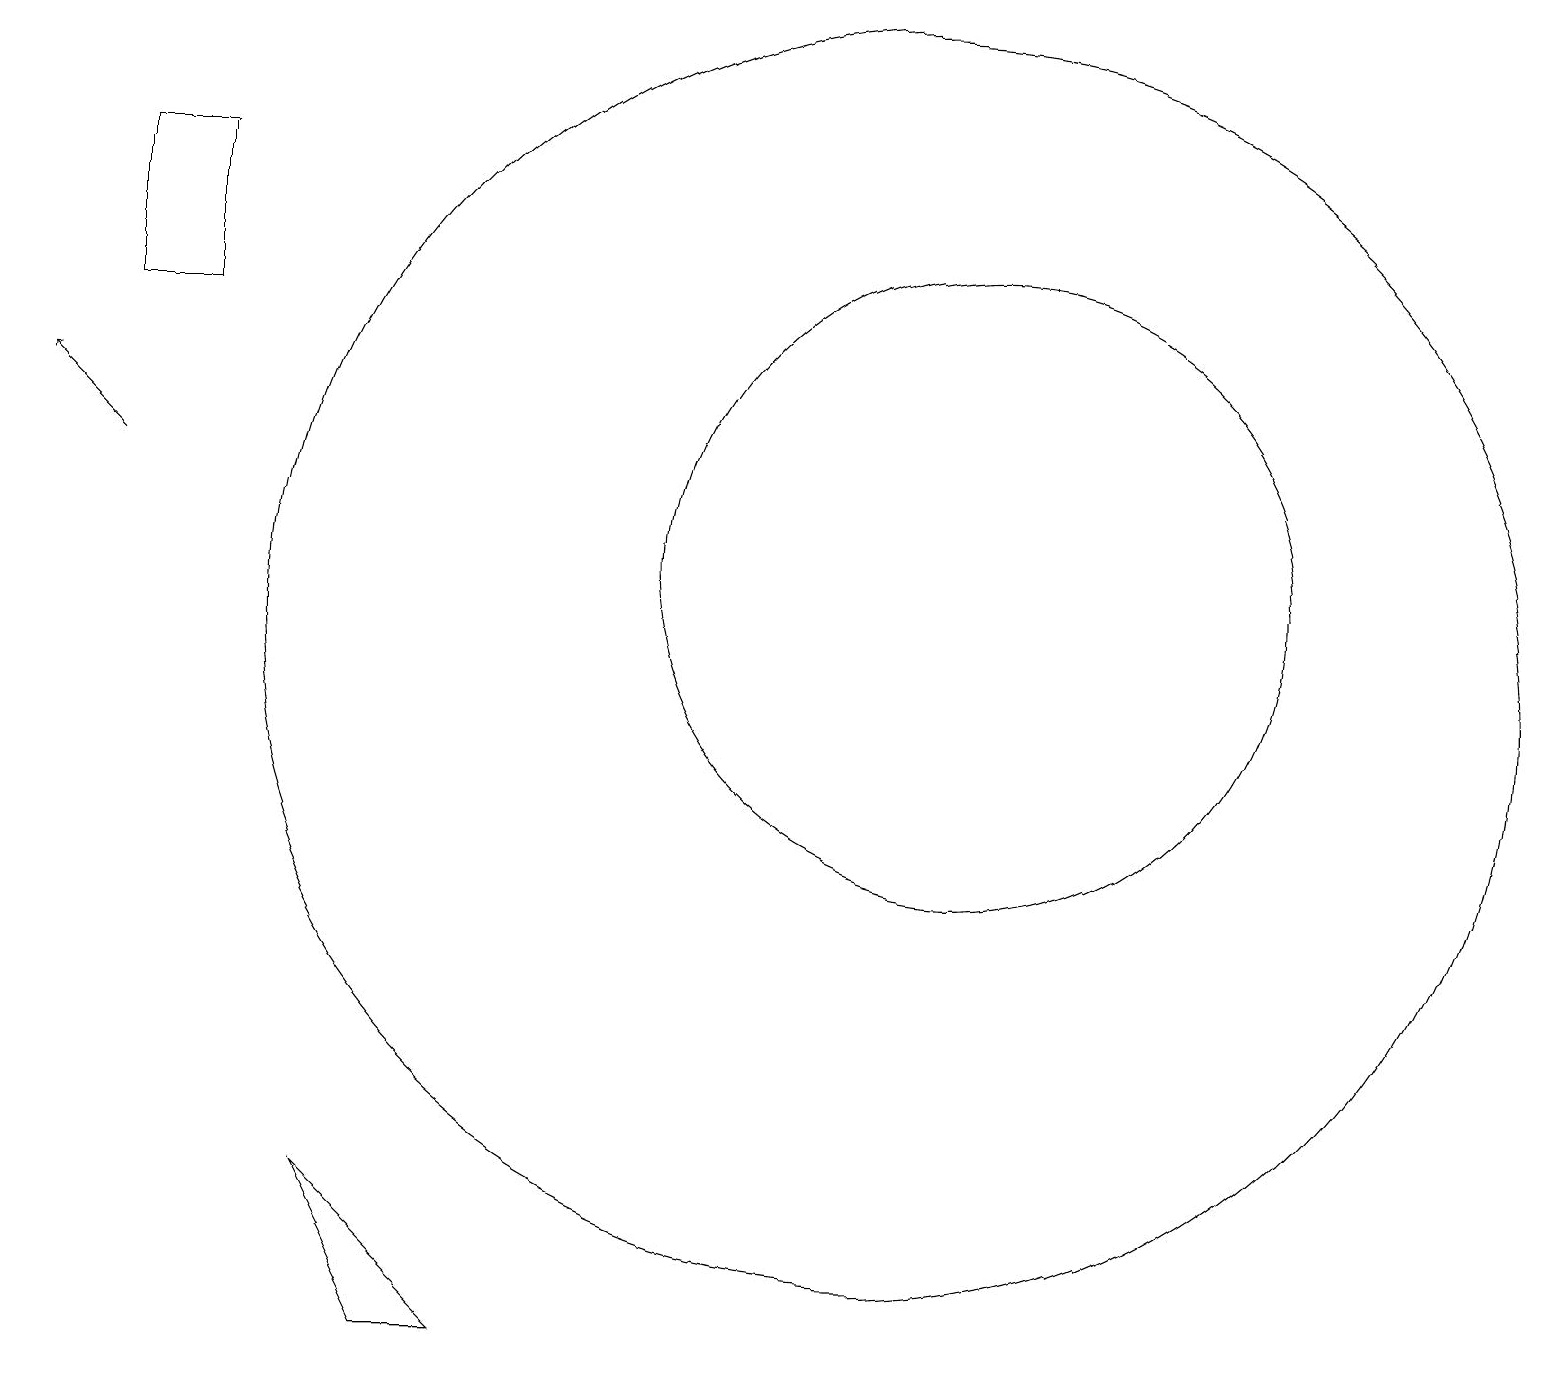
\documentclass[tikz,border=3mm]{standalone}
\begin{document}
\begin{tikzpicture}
\draw (11,10) circle (8);
\draw (1,14) rectangle (2,16);
\draw[->] (1,12) -- (0,13);
\draw (12,11) circle (4);
\draw (11,12) circle (0);
\draw (5,1) -- (6,1) -- (4,3) -- cycle;
\draw (12,11) circle (0);
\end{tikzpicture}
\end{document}